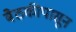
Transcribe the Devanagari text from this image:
बैठकीपासून